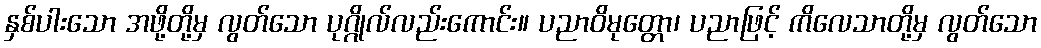
နှစ်ပါးသော အဖို့တို့မှ လွတ်သော ပုဂ္ဂိုလ်လည်းကောင်း။ ပညာဝိမုတ္တော၊ ပညာဖြင့် ကိလေသာတို့မှ လွတ်သော